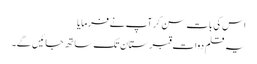
اس کی بات سن کر آپ نے فرمایا
یہ قلم دوات قبرستان تک ساتھ جائیں گے۔